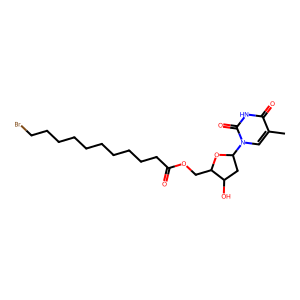
SMILES: Cc1cn(C2CC(O)C(COC(=O)CCCCCCCCCCBr)O2)c(=O)[nH]c1=O
Inhibits HIV replication: No